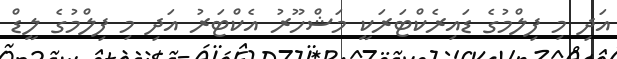
އަދި މި ފިލްމުގެ ޑައިރެކްޓަރަކީ މަޝްހޫރު އެކްޓަރު އަދި މި ފިލްމުގެ ލީޑް